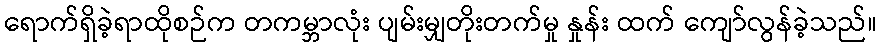
ရောက်ရှိခဲ့ရာထိုစဉ်က တကမ္ဘာလုံး ပျမ်းမျှတိုးတက်မှု နှုန်း ထက် ကျော်လွန်ခဲ့သည်။